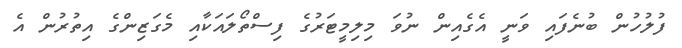
ފުލުހުން ބުނެފައި ވަނީ އެގެއިން ނުވަ މިލިމީޓަރުގެ ފިސްތޯލައަކާއި މެގަޒިންގެ އިތުރުން އެ